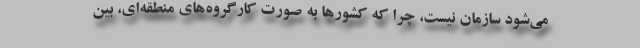
می‌شود سازمان نیست، چرا که کشورها به صورت کارگروه‌های منطقه‌ای، بین